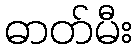
ဓာတ်မီး